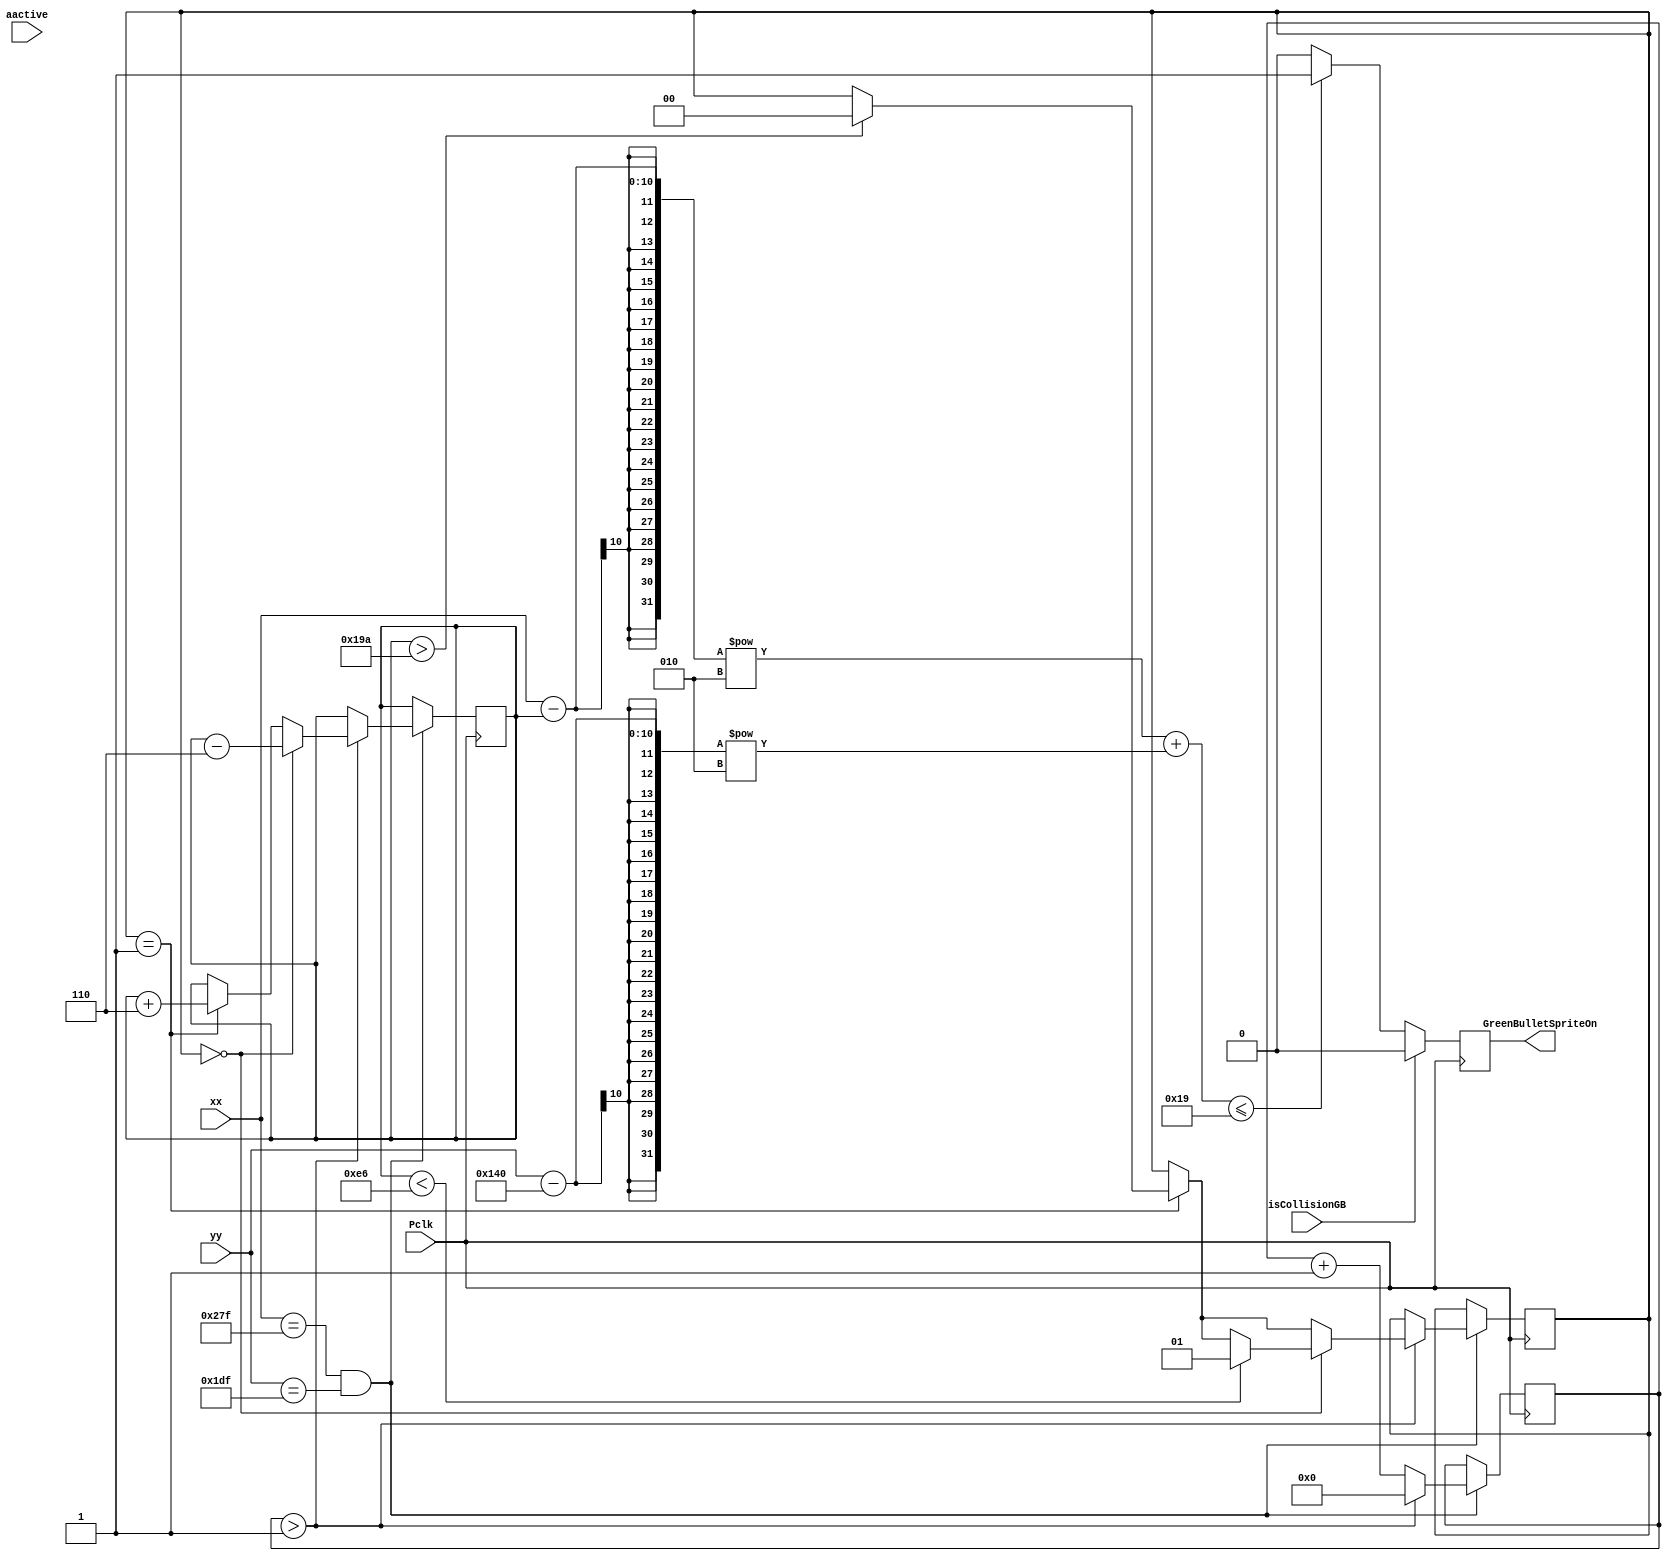
`timescale 1ns / 1ps
//////////////////////////////////////////////////////////////////////////////////
// Company: 
// Engineer: 
// 
// Design Name: 
// Module Name: BulletSprite
// Project Name: 
// Target Devices: 
// Tool Versions: 
// Description: 
// 
// Dependencies: 
// 
// Revision:
// Revision 0.01 - File Created
// Additional Comments:
// 
//////////////////////////////////////////////////////////////////////////////////


module GreenBulletSprite(
    input wire [9:0] xx, // current x position
    input wire [9:0] yy, // current y position
    input wire aactive, // high during active pixel drawing
    output reg GreenBulletSpriteOn, // 1=on, 0=off
    input wire isCollisionGB,
    input wire Pclk // 25MHz pixel clock
    );
    
    reg [9:0] delbullet=0;          // counter to slow alien movement
    reg [9:0] B1X = 250;            // Alien1 X start position
    reg [9:0] B1Y = 320;             // Alien1 Y start position
    reg [1:0] Bdir = 1;             // direction of aliens: 0=right, 1=left


    
    always @(posedge Pclk)
        begin
            if(isCollisionGB == 1)
            begin
                GreenBulletSpriteOn <= 0;
            end
            else
            if (((xx-B1X)**2 + (yy-B1Y)**2) <= 25)
                begin
                GreenBulletSpriteOn <= 1;
                end
            else
                begin
                GreenBulletSpriteOn <= 0;
                end
        end
    
        
    always @ (posedge Pclk)
        begin
        // slow down the alien movement / move aliens left or right
        if (xx==639 && yy==479)
            begin
                delbullet<=delbullet+1;
                if (delbullet>1)
                    begin
                        delbullet<=0;
                        if (Bdir==1)
                            begin
                                B1X<=B1X+6;
                                if (B1X>410)
                                    Bdir<=0;
                            end
                        if (Bdir==0)
                            begin
                                B1X<=B1X-6;
                                if (B1X<230)
                                    Bdir<=1;
                            end
                    end
            end
      end
      
//    always @ (posedge Pclk)
//        begin
//        // slow down the alien movement / move aliens left or right
//        if (xx==B1X && yy==B1Y)
//            BulletSpriteOn <=1;
//        end
endmodule